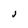
Character: J